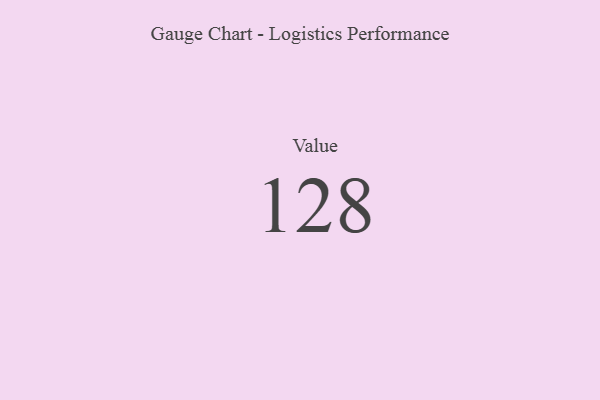
{"axis": {"x": "Metric", "y": "Value"}, "legend": [""], "data": [{"x": "Value", "y": 128, "type": ""}]}